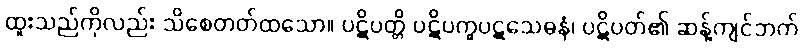
ထူးသည်ကိုလည်း သိစေတတ်ထသော။ ပဋိပတ္တိ ပဋိပက္ခပဋသေဓနံ၊ ပဋိပတ်၏ ဆန့်ကျင်ဘက်